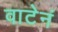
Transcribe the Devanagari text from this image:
वाटेनं